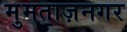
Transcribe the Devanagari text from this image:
मुमताज़नगर